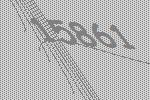
15861